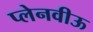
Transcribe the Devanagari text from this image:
प्लेनवीऊ